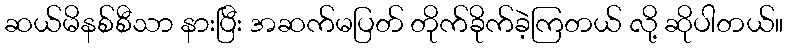
ဆယ်မိနစ်စီသာ နားပြီး အဆက်မပြတ် တိုက်ခိုက်ခဲ့ကြတယ် လို့ ဆိုပါတယ်။